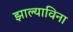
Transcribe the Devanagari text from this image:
झाल्याविना